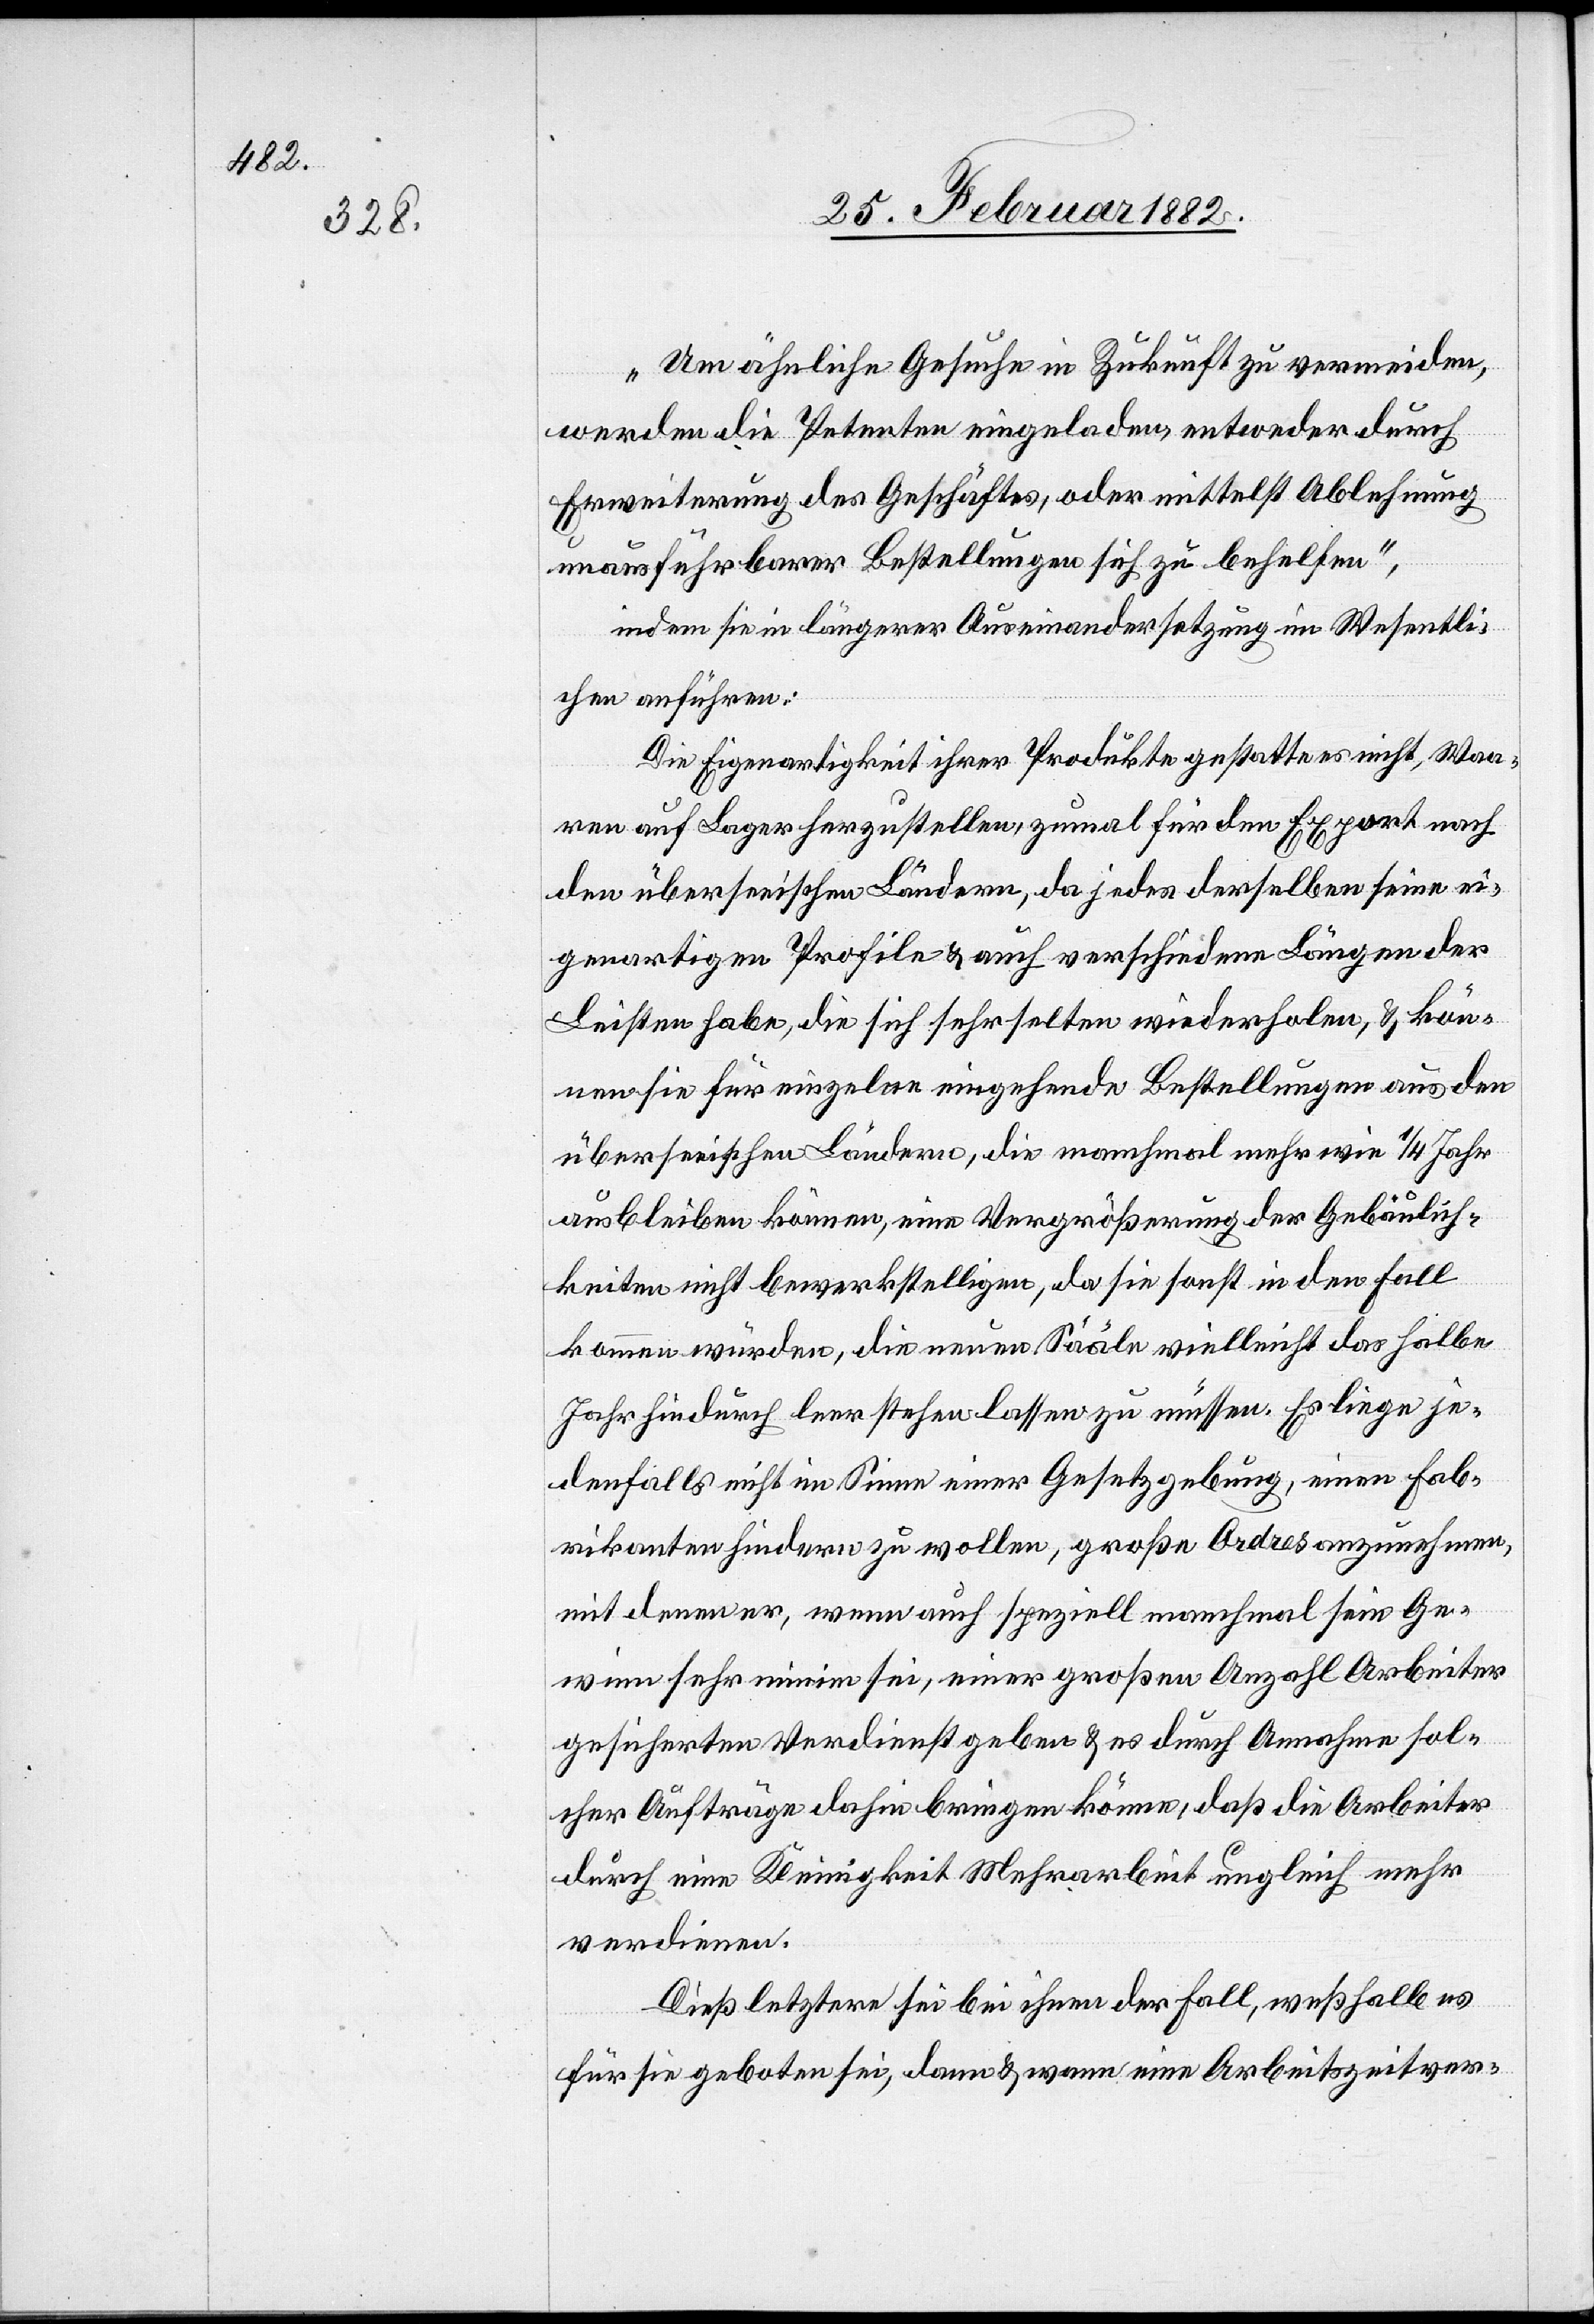
„Um ähnliche Gesuche in Zukunft zu vermeiden,
werden die Petenten eingeladen, entweder durch
Erweiterung des Geschäftes, oder mittelst Ablehnung
unausführlicher Bestellungen sich zu behelfen“,
indem sie in längerer Auseinandersetzung im Wesentli¬
chen anführen:
Die Eigenartigkeit ihrer Produkte gestatten es nicht, Waa¬
ren auf Lager herzustellen, zumal für den Export nach
den überseeischen Ländern, da jedes derselben seine ei¬
genartigen Profile & auch verschiedene Längen der
Leisten habe, die sich sehr selten wiederholen, & kön¬
ne sie für einzelne eingehende Bestellungen aus den
überseeischen Ländern, die manchmal mehr wie 1/4 Jahr
ausbleiben können, eine Vergrößerung der Gebäulich¬
keiten nicht bewerkstelligen, da sie sonst in den Fall
kommen würden, die einen Säle vielleicht das halbe
Jahr hindurch leer stehen lassen zu müssen. Es liege je¬
denfalls nicht im Sinne einer Gesetzgebung, einen Fab¬
rikanten hindern zu wollen, große Ordres anzunehmen,
mit deren er, wenn auch speziell manchmal sein Ge¬
winn sehr minim sei, einer großen Anzahl Arbeiter
gesicherten Verdienst gebe & es durch Ausnahme sol¬
cher Aufträge dahin bringen könne, daß die Arbeiter
durch eine Kleinigkeit Mehrarbeit ungleich mehr
verdienen.
Dieß letztere sei bei ihnen der Fall, weßhalb es
für sie geboten sei, dann & wann eine Arbeitszeitver-